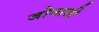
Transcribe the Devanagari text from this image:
जोमाजी